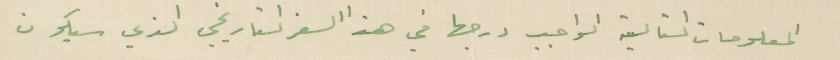
المعلومات التالية الواجب درجها في هذا السفر التاريخي الذي سيكون